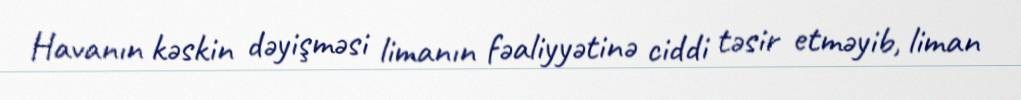
Havanın kəskin dəyişməsi limanın fəaliyyətinə ciddi təsir etməyib, liman